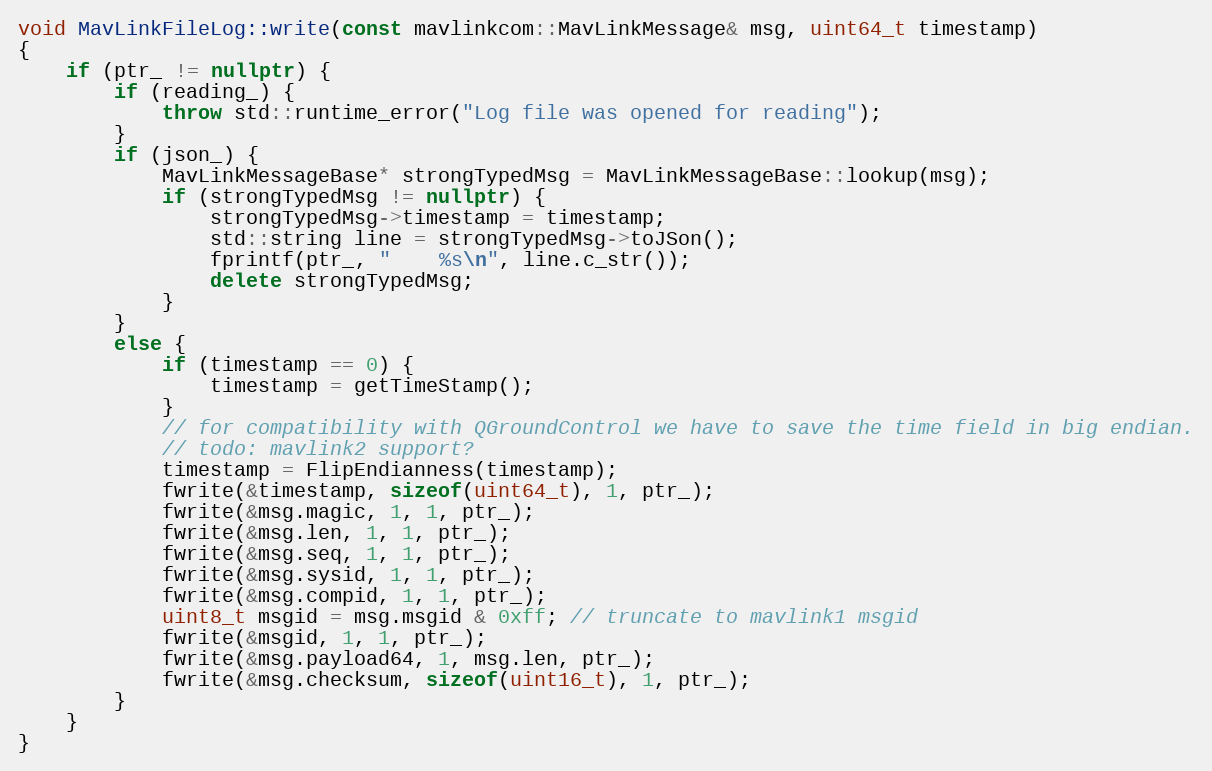
Language: C++
void MavLinkFileLog::write(const mavlinkcom::MavLinkMessage& msg, uint64_t timestamp)
{
	if (ptr_ != nullptr) {
		if (reading_) {
			throw std::runtime_error("Log file was opened for reading");
		}
		if (json_) {
			MavLinkMessageBase* strongTypedMsg = MavLinkMessageBase::lookup(msg);
			if (strongTypedMsg != nullptr) {
                strongTypedMsg->timestamp = timestamp;
				std::string line = strongTypedMsg->toJSon();
				fprintf(ptr_, "    %s\n", line.c_str());
                delete strongTypedMsg;
			}
		}
		else {
            if (timestamp == 0) {
                timestamp = getTimeStamp();
            }
			// for compatibility with QGroundControl we have to save the time field in big endian.
            // todo: mavlink2 support?
            timestamp = FlipEndianness(timestamp);
			fwrite(&timestamp, sizeof(uint64_t), 1, ptr_);
			fwrite(&msg.magic, 1, 1, ptr_);
			fwrite(&msg.len, 1, 1, ptr_);
			fwrite(&msg.seq, 1, 1, ptr_);
			fwrite(&msg.sysid, 1, 1, ptr_);
			fwrite(&msg.compid, 1, 1, ptr_);
            uint8_t msgid = msg.msgid & 0xff; // truncate to mavlink1 msgid
			fwrite(&msgid, 1, 1, ptr_);
			fwrite(&msg.payload64, 1, msg.len, ptr_);
			fwrite(&msg.checksum, sizeof(uint16_t), 1, ptr_);
		}
	}
}